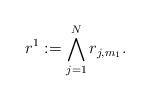
LaTeX: \begin{align*}r^{1}:=\mathop{\bigwedge}\limits_{j=1}^{N}r_{j, m_1}.\end{align*}